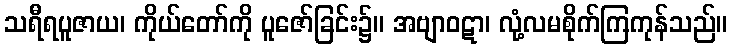
သရီရပူဇာယ၊ ကိုယ်တော်ကို ပူဇော်ခြင်း၌။ အဗျာဝဋာ၊ လုံ့လမစိုက်ကြကုန်သည်။